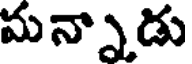
మన్నాడు